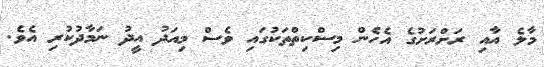
މާލެ އާއި ރަށްރަށުގެ އެހެން މިސްކިތްތަކުގައި ވެސް މިއަދު އީދު ނަމާދުކުރި އެވެ.